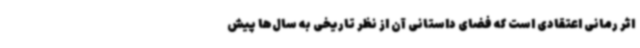
اثر رمانی اعتقادی است که فضای داستانی آن از نظر تاریخی به سال‌ها پیش